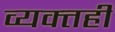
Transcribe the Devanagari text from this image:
व्‍यक्‍तही